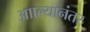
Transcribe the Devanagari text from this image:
आाल्यानंतर